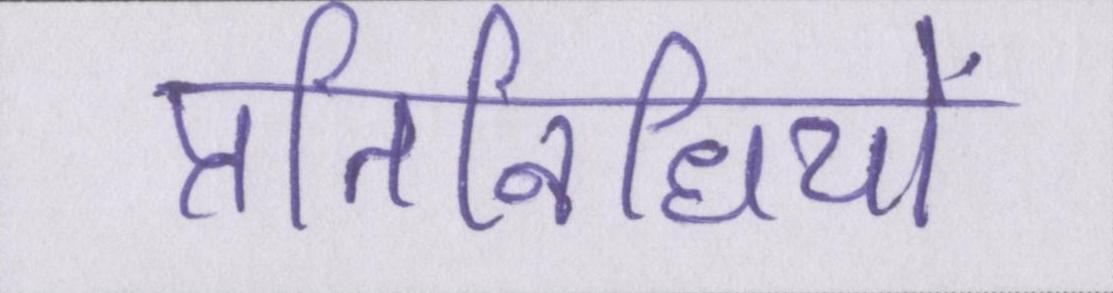
प्रतिनिधियों